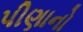
પીણાનો